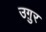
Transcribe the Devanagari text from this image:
उग़ुर